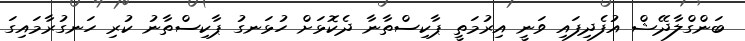
ބަންގްލާދޭޝް އުފެދިފައި ވަނީ އިރުމަތީ ޕާކިސްތާނާ ދެކޮޅަށް ހުޅަނގު ޕާކިސްތާނު ކުރި ހަނގުރާމައިގަ